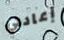
إعادتي